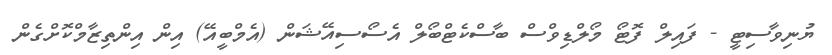
ޔުނިވާސިޓީ - ފައިލް ފޮޓޯ މޯލްޑިވްސް ބާސްކެޓްބޯލް އެސޯސިއޭޝަން (އެމްބީއޭ) އިން އިންތިޒާމްކޮށްގެން